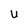
Character: U